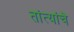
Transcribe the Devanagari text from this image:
तांत्यांचे